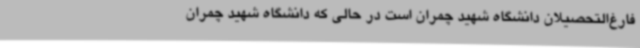
فارغ‌التحصیلان دانشگاه شهید چمران است در حالی که دانشگاه شهید چمران